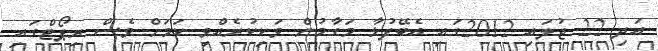
އަދި 22 ޖުލައި 2012ގައި އެބޭފުޅާ މަގާމުން ވަކިކުރެއްވި ކަމަށް ވެސް ރިޕޯޓްގައި